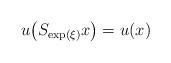
LaTeX: \begin{align*}u\big(S_{\exp(\xi)}x\big)=u(x)\end{align*}